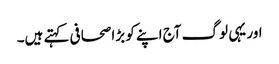
اور یہی لوگ آج اپنے کو بڑا صحافی کہتے ہیں۔